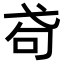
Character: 𢎅